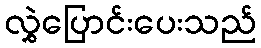
လွှဲပြောင်းပေးသည်